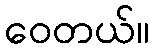
ဝေတယ်။